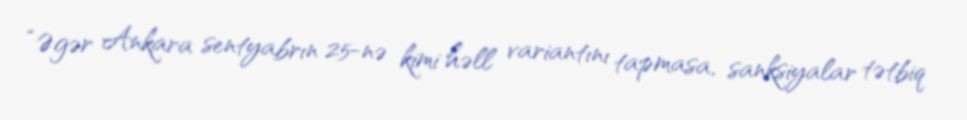
“Əgər Ankara sentyabrın 25-nə kimi həll variantını tapmasa, sanksiyalar tətbiq